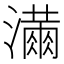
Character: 𭳓